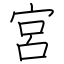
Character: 宮